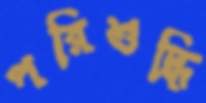
পরিশুদ্ধি